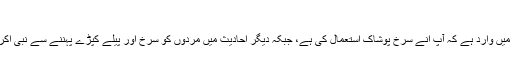
بخاری ومسلم
وضاحت: بعض روایات میں وارد ہے کہ آپ انے سرخ پوشاک استعمال کی ہے، جبکہ دیگر احادیث میں مردوں کو سرخ اور پیلے کپڑے پہننے سے نبی اکرم ﷺ نے منع فرمایا ہے۔